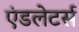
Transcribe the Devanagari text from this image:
एंडलेटर्स